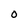
Character: 0